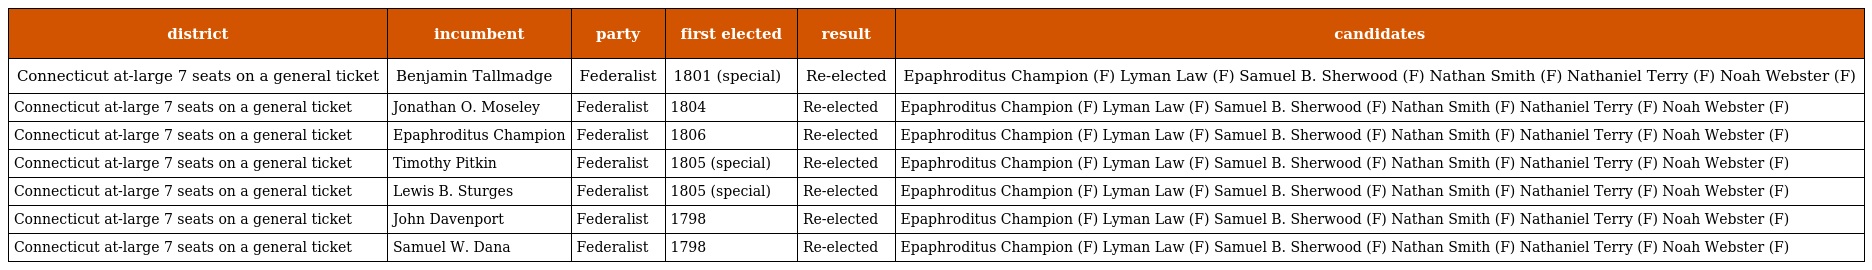
| district | incumbent | party | first elected | result | candidates |
 | --- | --- | --- | --- | --- | --- |
 | Connecticut at-large 7 seats on a general ticket | Benjamin Tallmadge | Federalist | 1801 (special) | Re-elected | Epaphroditus Champion (F) Lyman Law (F) Samuel B. Sherwood (F) Nathan Smith (F) Nathaniel Terry (F) Noah Webster (F) |
 | Connecticut at-large 7 seats on a general ticket | Jonathan O. Moseley | Federalist | 1804 | Re-elected | Epaphroditus Champion (F) Lyman Law (F) Samuel B. Sherwood (F) Nathan Smith (F) Nathaniel Terry (F) Noah Webster (F) |
 | Connecticut at-large 7 seats on a general ticket | Epaphroditus Champion | Federalist | 1806 | Re-elected | Epaphroditus Champion (F) Lyman Law (F) Samuel B. Sherwood (F) Nathan Smith (F) Nathaniel Terry (F) Noah Webster (F) |
 | Connecticut at-large 7 seats on a general ticket | Timothy Pitkin | Federalist | 1805 (special) | Re-elected | Epaphroditus Champion (F) Lyman Law (F) Samuel B. Sherwood (F) Nathan Smith (F) Nathaniel Terry (F) Noah Webster (F) |
 | Connecticut at-large 7 seats on a general ticket | Lewis B. Sturges | Federalist | 1805 (special) | Re-elected | Epaphroditus Champion (F) Lyman Law (F) Samuel B. Sherwood (F) Nathan Smith (F) Nathaniel Terry (F) Noah Webster (F) |
 | Connecticut at-large 7 seats on a general ticket | John Davenport | Federalist | 1798 | Re-elected | Epaphroditus Champion (F) Lyman Law (F) Samuel B. Sherwood (F) Nathan Smith (F) Nathaniel Terry (F) Noah Webster (F) |
 | Connecticut at-large 7 seats on a general ticket | Samuel W. Dana | Federalist | 1798 | Re-elected | Epaphroditus Champion (F) Lyman Law (F) Samuel B. Sherwood (F) Nathan Smith (F) Nathaniel Terry (F) Noah Webster (F) |